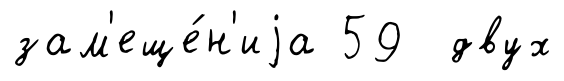
зам'еще́н'иjа 59 двух